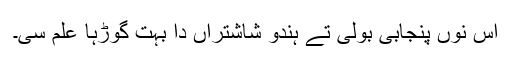
اس نوں پنجابی بولی تے ہندو شاشتراں دا بہت گوڑہا علم سی۔